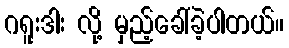
ဂရူးဒါး လို့ မှည့်ခေါ်ခဲ့ပါတယ်။